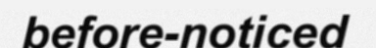
before-noticed